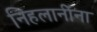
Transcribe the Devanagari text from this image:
निहलानींना